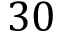
3 0